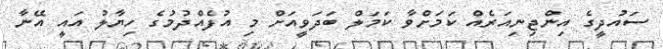
ސައުދީގެ އިންޖިނިއަރެއް ކަމަށްވާ ކަމަލް ބަދަވީއަށް މި އުފެއްދުމުގެ ހިޔާލު އައީ އޭނާ